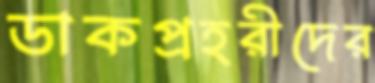
ডাকপ্রহরীদের